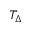
T _ { \Delta }